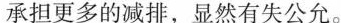
承担更多的减排，显然有失公允。